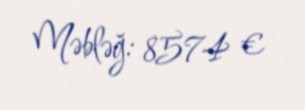
Məbləğ: 8574 €